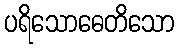
ပရိသောဓေတိသော